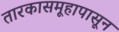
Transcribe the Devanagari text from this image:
तारकासमूहापासून